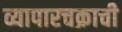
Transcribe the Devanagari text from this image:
व्यापारचक्राची